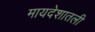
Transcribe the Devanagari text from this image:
मायदेशातली